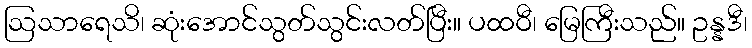
ဩသာရေသိ၊ ဆုံးအောင်သွတ်သွင်းလတ်ပြီး။ ပထဝီ၊ မြေကြီးသည်။ ဥန္နဒီ၊